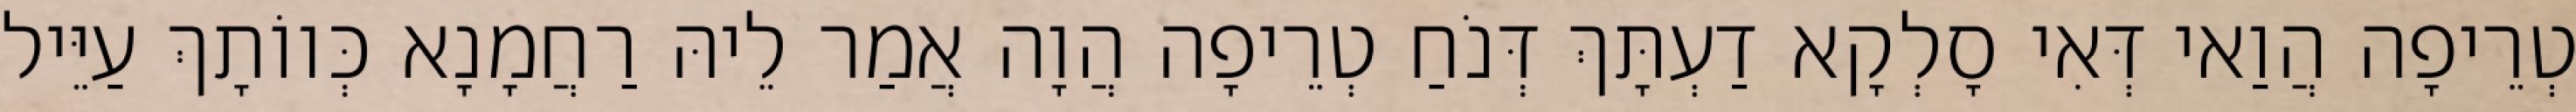
טְרֵיפָה הֲוַאי דְּאִי סָלְקָא דַעְתָּךְ דְּנֹחַ טְרֵיפָה הֲוָה אֲמַר לֵיהּ רַחֲמָנָא כְּווֹתָךְ עַיֵּיל